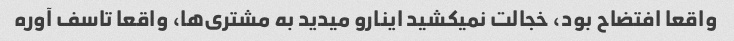
واقعا افتضاح بود، خجالت نمیکشید اینارو میدید به مشتری‌ها، واقعا تاسف آوره